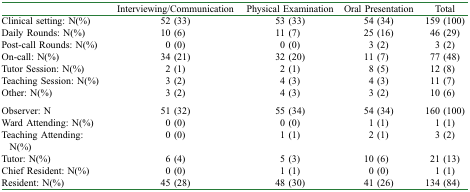
|  | Interviewing/Communication | Physical Examination | Oral Presentation | Total |
 | --- | --- | --- | --- | --- |
 | Clinical setting: N(%) | 52 (33) | 53 (33) | 54 (34) | 159 (100) |
 | Daily Rounds: N(%) | 10 (6) | 11 (7) | 25 (16) | 46 (29) |
 | Post-call Rounds: N(%) | 0 (0) | 0 (0) | 3 (2) | 3 (2) |
 | On-call: N(%) | 34 (21) | 32 (20) | 11 (7) | 77 (48) |
 | Tutor Session: N(%) | 2 (1) | 2 (1) | 8 (5) | 12 (8) |
 | Teaching Session: N(%) | 3 (2) | 4 (3) | 4 (3) | 11 (7) |
 | Other: N(%) | 3 (2) | 4 (3) | 3 (2) | 10 (6) |
 | Observer: N | 51 (32) | 55 (34) | 54 (34) | 160 (100) |
 | Ward Attending: N(%) | 0 (0) | 0 (0) | 1 (1) | 1 (1) |
 | Teaching Attending: N(%) | 0 (0) | 1 (1) | 2 (1) | 3 (2) |
 | Tutor: N(%) | 6 (4) | 5 (3) | 10 (6) | 21 (13) |
 | Chief Resident: N(%) | 0 (0) | 1 (1) | 0 (0) | 1 (1) |
 | Resident: N(%) | 45 (28) | 48 (30) | 41 (26) | 134 (84) |